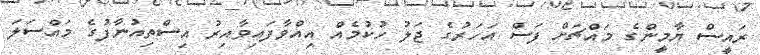
ރައީސް ޔާމީންގެ މައްޗަށް ފަސް އަހަރުގެ ޖަލު ހުކުމެއް އިއްވާފައިވާއިރު އިސްތިއުނާފުގެ މައްސަލަ